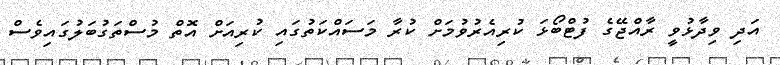
އަދި ވިދާޅުވީ ރާއްޖޭގެ ފުޓްބޯޅަ ކުރިއެރުވުމަށް ކުރާ މަސައްކަތުގައި ކުރިއަށް އޮތް މުސްތަގުބަލުގައިވެސް